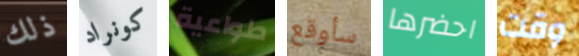
ذلك كونراد طواعية سأوقع احضرها وقت